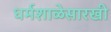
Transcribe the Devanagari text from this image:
धर्मशाळेसारखी